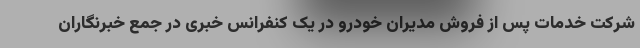
شرکت خدمات پس از فروش مدیران خودرو در یک کنفرانس خبری در جمع خبرنگاران